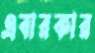
এবারকার